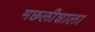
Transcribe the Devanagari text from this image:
मछलीशाला